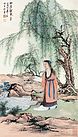
忽忆故人今总老。贪梦好。茫然忘了邯郸道。